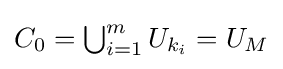
C_{0}={\textstyle \bigcup _{i=1}^{m}U_{k_{i}}}=U_{M}